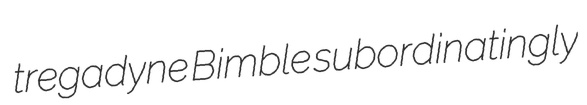
tregadyne Bimble subordinatingly